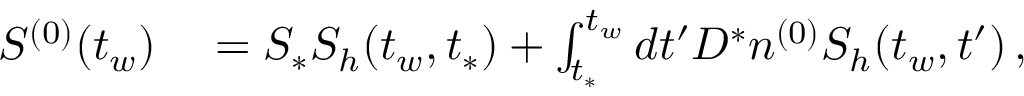
\begin{array} { r l } { S ^ { ( 0 ) } ( t _ { w } ) } & { { } = S _ { * } S _ { h } ( t _ { w } , t _ { * } ) + \int _ { t _ { * } } ^ { t _ { w } } d t ^ { \prime } D ^ { * } n ^ { ( 0 ) } S _ { h } ( t _ { w } , t ^ { \prime } ) \, , } \end{array}